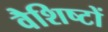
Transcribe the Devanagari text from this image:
वैशिष्टों